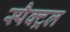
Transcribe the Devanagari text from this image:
स्पैक्ट्रल